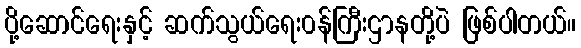
ပို့ဆောင်ရေးနှင့် ဆက်သွယ်ရေး၀န်ကြီးဌာနတို့ပဲ ဖြစ်ပါတယ်။